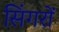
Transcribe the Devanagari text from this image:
सिंगरों